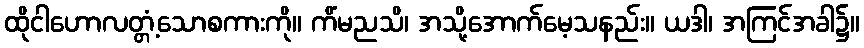
ထိုငါဟောလတ္တံ့သောစကားကို။ ကိံမညသိ၊ အသို့အောက်မေ့သနည်း။ ယဒါ၊ အကြင်အခါ၌။